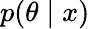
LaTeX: p(\theta\mid x)